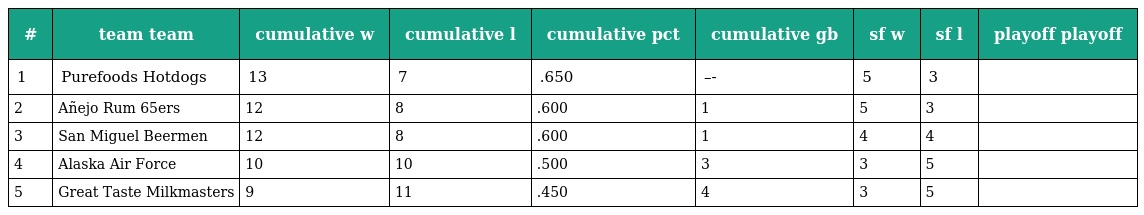
| # | team team | cumulative w | cumulative l | cumulative pct | cumulative gb | sf w | sf l | playoff playoff |
 | --- | --- | --- | --- | --- | --- | --- | --- | --- |
 | 1 | Purefoods Hotdogs | 13 | 7 | .650 | –- | 5 | 3 |  |
 | 2 | Añejo Rum 65ers | 12 | 8 | .600 | 1 | 5 | 3 |  |
 | 3 | San Miguel Beermen | 12 | 8 | .600 | 1 | 4 | 4 |  |
 | 4 | Alaska Air Force | 10 | 10 | .500 | 3 | 3 | 5 |  |
 | 5 | Great Taste Milkmasters | 9 | 11 | .450 | 4 | 3 | 5 |  |